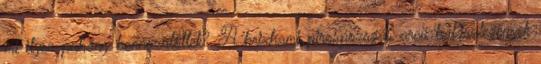
mi ilyen puhány bennszülöttek? A brixhami pirospozsgás arcú halászlegények